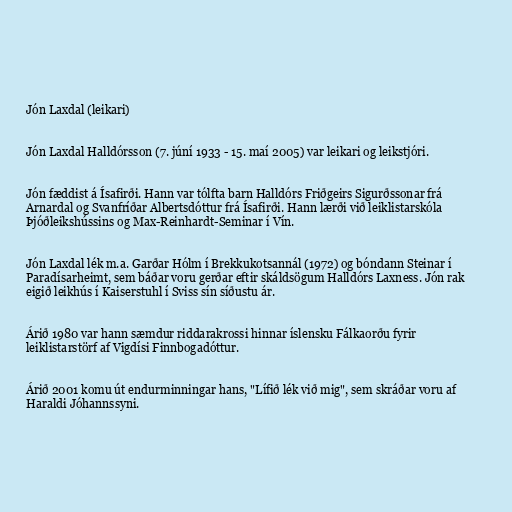
Jón Laxdal (leikari)

Jón Laxdal Halldórsson (7. júní 1933 - 15. maí 2005) var leikari og leikstjóri.

Jón fæddist á Ísafirði. Hann var tólfta barn Halldórs Friðgeirs Sigurðssonar frá
Arnardal og Svanfríðar Albertsdóttur frá Ísafirði. Hann lærði við leiklistarskóla
Þjóðleikshússins og Max-Reinhardt-Seminar í Vín.

Jón Laxdal lék m.a. Garðar Hólm í Brekkukotsannál (1972) og bóndann Steinar í
Paradísarheimt, sem báðar voru gerðar eftir skáldsögum Halldórs Laxness. Jón rak
eigið leikhús í Kaiserstuhl í Sviss sín síðustu ár.

Árið 1980 var hann sæmdur riddarakrossi hinnar íslensku Fálkaorðu fyrir
leiklistarstörf af Vigdísi Finnbogadóttur.

Árið 2001 komu út endurminningar hans, "Lífið lék við mig", sem skráðar voru af
Haraldi Jóhannssyni.